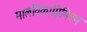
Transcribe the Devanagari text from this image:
मालविकाग्निमित्रम